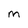
Character: m